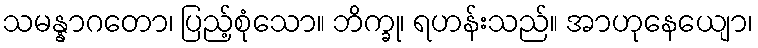
သမန္နာဂတော၊ ပြည့်စုံသော။ ဘိက္ခု၊ ရဟန်းသည်။ အာဟုနေယျော၊